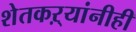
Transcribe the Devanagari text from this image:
शेतकऱ्यांनीही